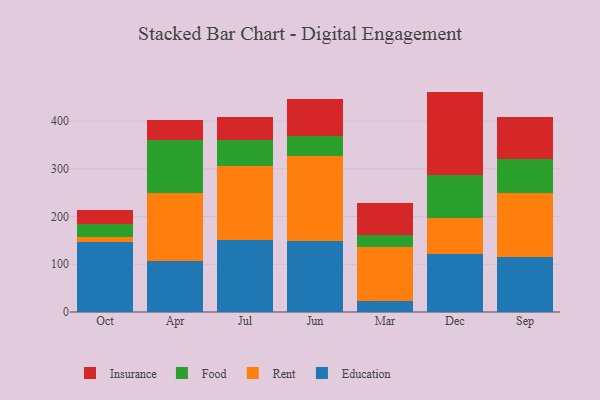
{"axis": {"x": "Month", "y": "Tickets Resolved"}, "legend": ["Education", "Food", "Insurance", "Rent"], "data": [{"x": "Oct", "y": 147.3, "type": "Education"}, {"x": "Oct", "y": 9.4, "type": "Rent"}, {"x": "Oct", "y": 27.8, "type": "Food"}, {"x": "Oct", "y": 30.1, "type": "Insurance"}, {"x": "Apr", "y": 106.9, "type": "Education"}, {"x": "Apr", "y": 142.2, "type": "Rent"}, {"x": "Apr", "y": 110.4, "type": "Food"}, {"x": "Apr", "y": 43.7, "type": "Insurance"}, {"x": "Jul", "y": 149.9, "type": "Education"}, {"x": "Jul", "y": 156.8, "type": "Rent"}, {"x": "Jul", "y": 53.6, "type": "Food"}, {"x": "Jul", "y": 48.6, "type": "Insurance"}, {"x": "Jun", "y": 148.8, "type": "Education"}, {"x": "Jun", "y": 179.0, "type": "Rent"}, {"x": "Jun", "y": 41.4, "type": "Food"}, {"x": "Jun", "y": 77.8, "type": "Insurance"}, {"x": "Mar", "y": 24.1, "type": "Education"}, {"x": "Mar", "y": 111.3, "type": "Rent"}, {"x": "Mar", "y": 26.3, "type": "Food"}, {"x": "Mar", "y": 66.5, "type": "Insurance"}, {"x": "Dec", "y": 122.1, "type": "Education"}, {"x": "Dec", "y": 74.5, "type": "Rent"}, {"x": "Dec", "y": 90.9, "type": "Food"}, {"x": "Dec", "y": 174.4, "type": "Insurance"}, {"x": "Sep", "y": 114.3, "type": "Education"}, {"x": "Sep", "y": 134.4, "type": "Rent"}, {"x": "Sep", "y": 73.0, "type": "Food"}, {"x": "Sep", "y": 87.6, "type": "Insurance"}]}